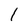
Character: 1